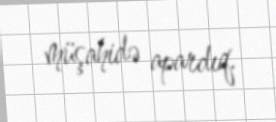
müşahidə apardıq.